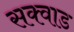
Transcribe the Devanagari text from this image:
सक्वाड